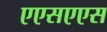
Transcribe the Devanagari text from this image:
एएसएएस